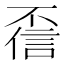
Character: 𫠻